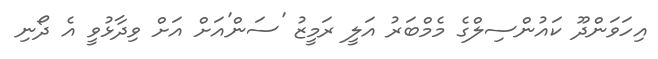
އިހަވަންދޫ ކައުންސިލްގެ މެމްބަރު އަލީ ރަމީޒު 'ސަން'އަށް އަށް ވިދާޅުވީ އެ ދޯނި